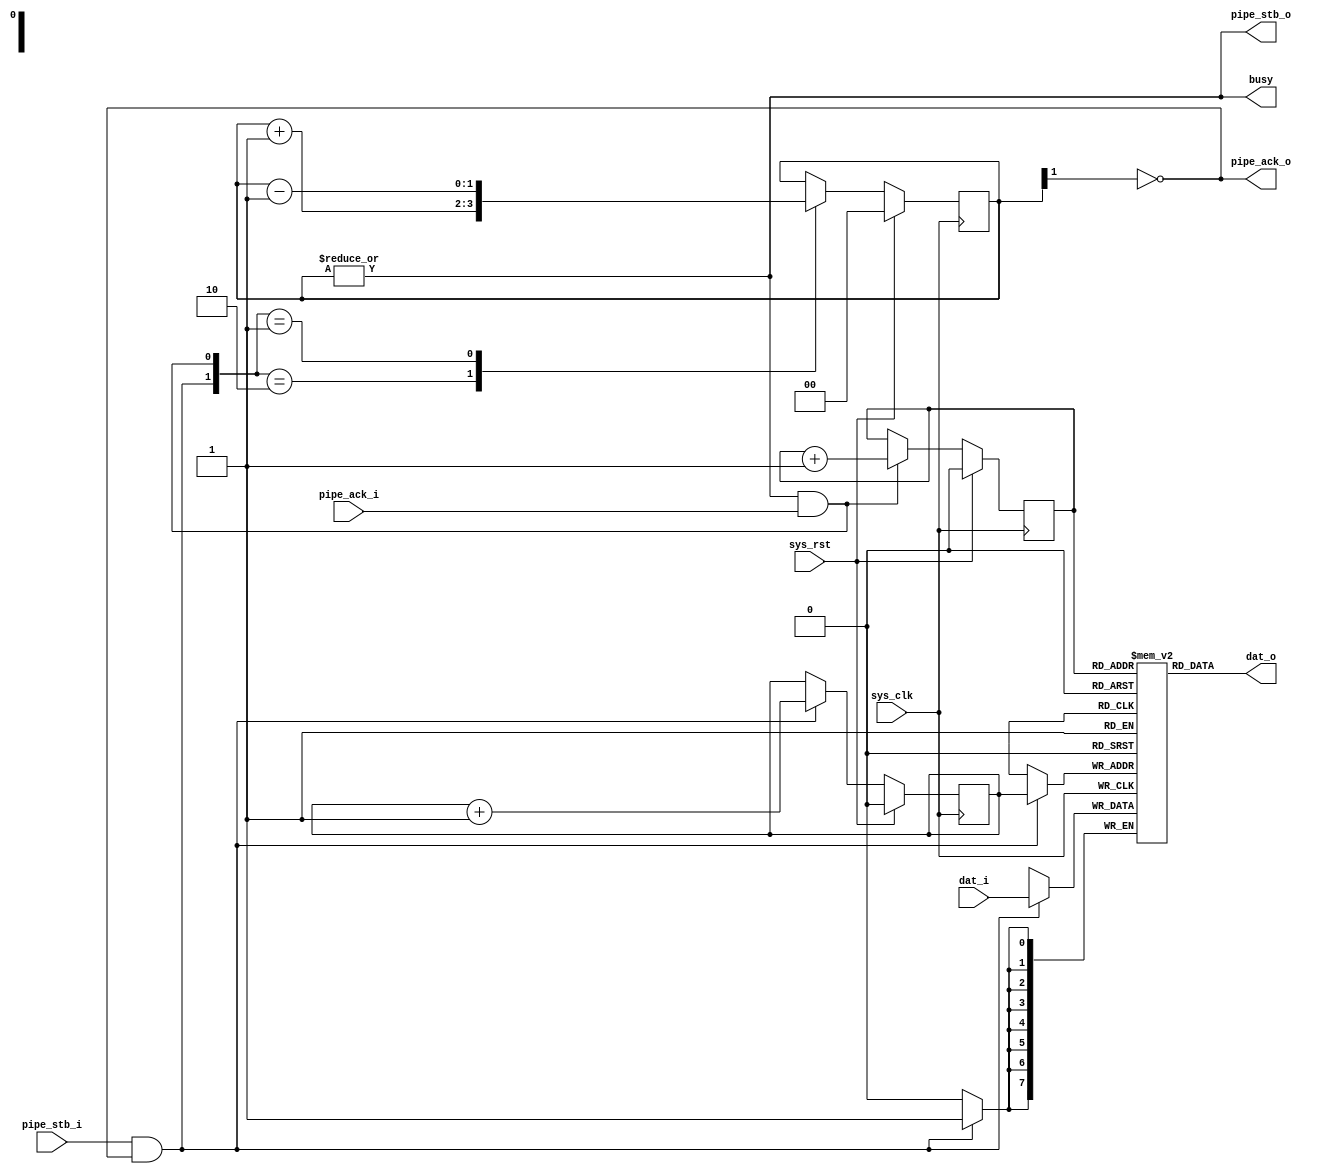
module tmu2_buffer #(
	parameter width = 8,
	parameter depth = 1 /* < log2 of the storage size, in words */
) (
	input sys_clk,
	input sys_rst,

	output busy,

	input pipe_stb_i,
	output pipe_ack_o,
	input [width-1:0] dat_i,

	output pipe_stb_o,
	input pipe_ack_i,
	output [width-1:0] dat_o
);

reg [width-1:0] storage[0:(1 << depth)-1];

reg [depth-1:0] produce;
reg [depth-1:0] consume;
reg [depth:0] level;

wire inc = pipe_stb_i & pipe_ack_o;
wire dec = pipe_stb_o & pipe_ack_i;

always @(posedge sys_clk) begin
	if(sys_rst) begin
		produce <= 0;
		consume <= 0;
	end else begin
		if(inc)
			produce <= produce + 1;
		if(dec)
			consume <= consume + 1;
	end
end

always @(posedge sys_clk) begin
	if(sys_rst)
		level <= 0;
	else begin
		case({inc, dec})
			2'b10: level <= level + 1;
			2'b01: level <= level - 1;
			default:;
		endcase
	end
end

always @(posedge sys_clk) begin
	if(inc)
		storage[produce] <= dat_i;
end

assign dat_o = storage[consume];

assign busy = |level;
assign pipe_ack_o = ~level[depth];
assign pipe_stb_o = |level;

endmodule